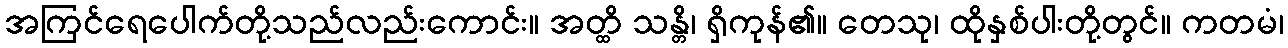
အကြင်ရေပေါက်တို့သည်လည်းကောင်း။ အတ္ထိ သန္တိ၊ ရှိကုန်၏။ တေသု၊ ထိုနှစ်ပါးတို့တွင်။ ကတမံ၊